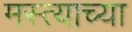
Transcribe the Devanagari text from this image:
मस्त्याच्या